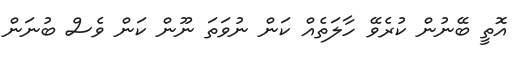
އޮތީ ބޭނުން ކުރެވޭ ހާލަތެއް ކަން ނުވަތަ ނޫން ކަން ވެސް ބުނަން